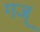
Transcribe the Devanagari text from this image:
गज्